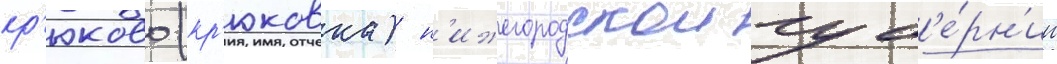
кр'юково (кр'юковка) н'ижегородскои губ'е́рн'ии